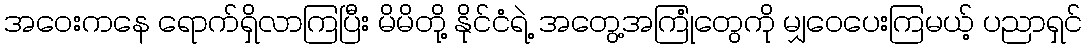
အဝေးကနေ ရောက်ရှိလာကြပြီး မိမိတို့ နိုင်ငံရဲ့ အတွေ့အကြုံတွေကို မျှဝေပေးကြမယ့် ပညာရှင်